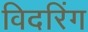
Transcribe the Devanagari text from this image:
विदरिंग